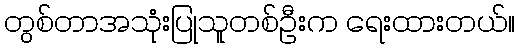
တွစ်တာအသုံးပြုသူတစ်ဦးက ရေးထားတယ်။